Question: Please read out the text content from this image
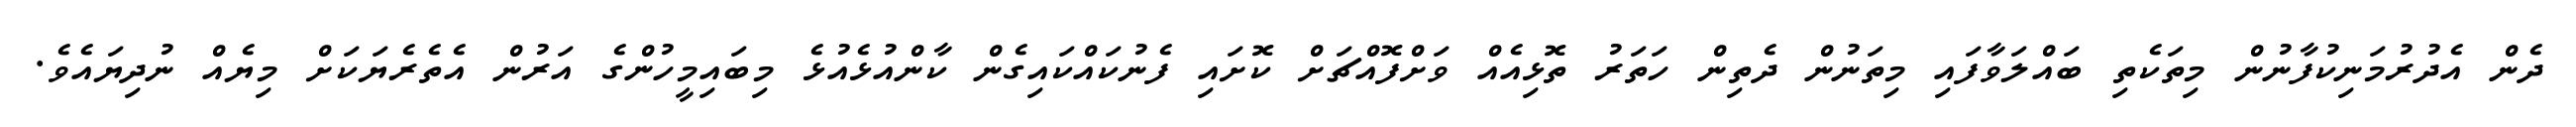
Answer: ދެން އެދުރުމަނިކުފާނުން މިތަކެތި ބައްލަވާފައި މިތަނުން ދެތިން ހަތަރު ތޮޅިއެއް ވަށްފޮއްޗަށް ކޮށައި ފެނުކައްކައިގެން ކާންއުޅެއުޅެ މިބައިމީހުންގެ އަރުން އެތެރެޔަކަށް މިޔެއް ނުދިޔައެވެ.